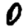
Digit: 0